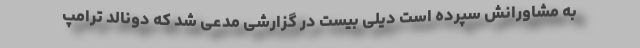
به مشاورانش سپرده است دیلی بیست در گزارشی مدعی شد که دونالد ترامپ